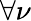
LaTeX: \forall\nu